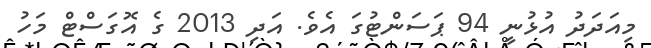
މިއަދަދު އުޅުނީ 94 ޕަސަންޓުގަ އެވެ. އަދި 2013 ގެ އޮގަސްޓް މަހު